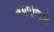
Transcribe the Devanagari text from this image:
अग्रपंक्तिमे